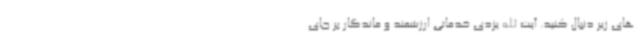
های زیر دنبال کنید. آیت الله یزدی خدماتی ارزشمند و ماندگار بر جای